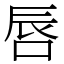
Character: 唇